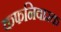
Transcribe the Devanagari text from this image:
कफनिवारक